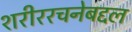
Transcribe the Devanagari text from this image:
शरीररचनेबद्दल